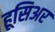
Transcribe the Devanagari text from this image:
हूसिअर